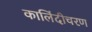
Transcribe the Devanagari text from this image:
कालिंदीचरण